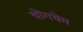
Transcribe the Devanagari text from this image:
चोंगथेम